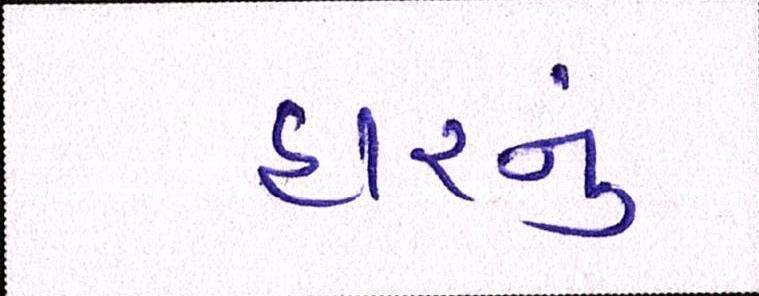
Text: હારનું